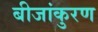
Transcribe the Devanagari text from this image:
बीजांकुरण